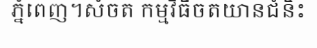
ភ្នំពេញ។សំចត កម្មវិធីចតយានជំនិះ